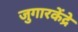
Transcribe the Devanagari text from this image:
जुगारकेंद्रे